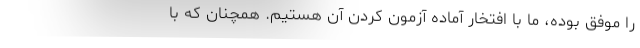
را موفق بوده، ما با افتخار آماده آزمون کردن آن هستیم. همچنان که با